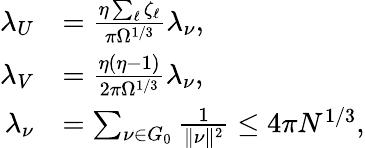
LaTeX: \begin{array}{rl}{\lambda_{U}}&{=\frac{\eta\sum_{\ell}\zeta_{\ell}}{\pi\Omega^{1/3}}\lambda_{\nu},}\\ {\lambda_{V}}&{=\frac{\eta(\eta-1)}{2\pi\Omega^{1/3}}\lambda_{\nu},}\\ {\lambda_{\nu}}&{=\sum_{\nu\in G_{0}}\frac 1{\| \nu\| ^{2}}\le 4\pi N^{1/3},}\end{array}